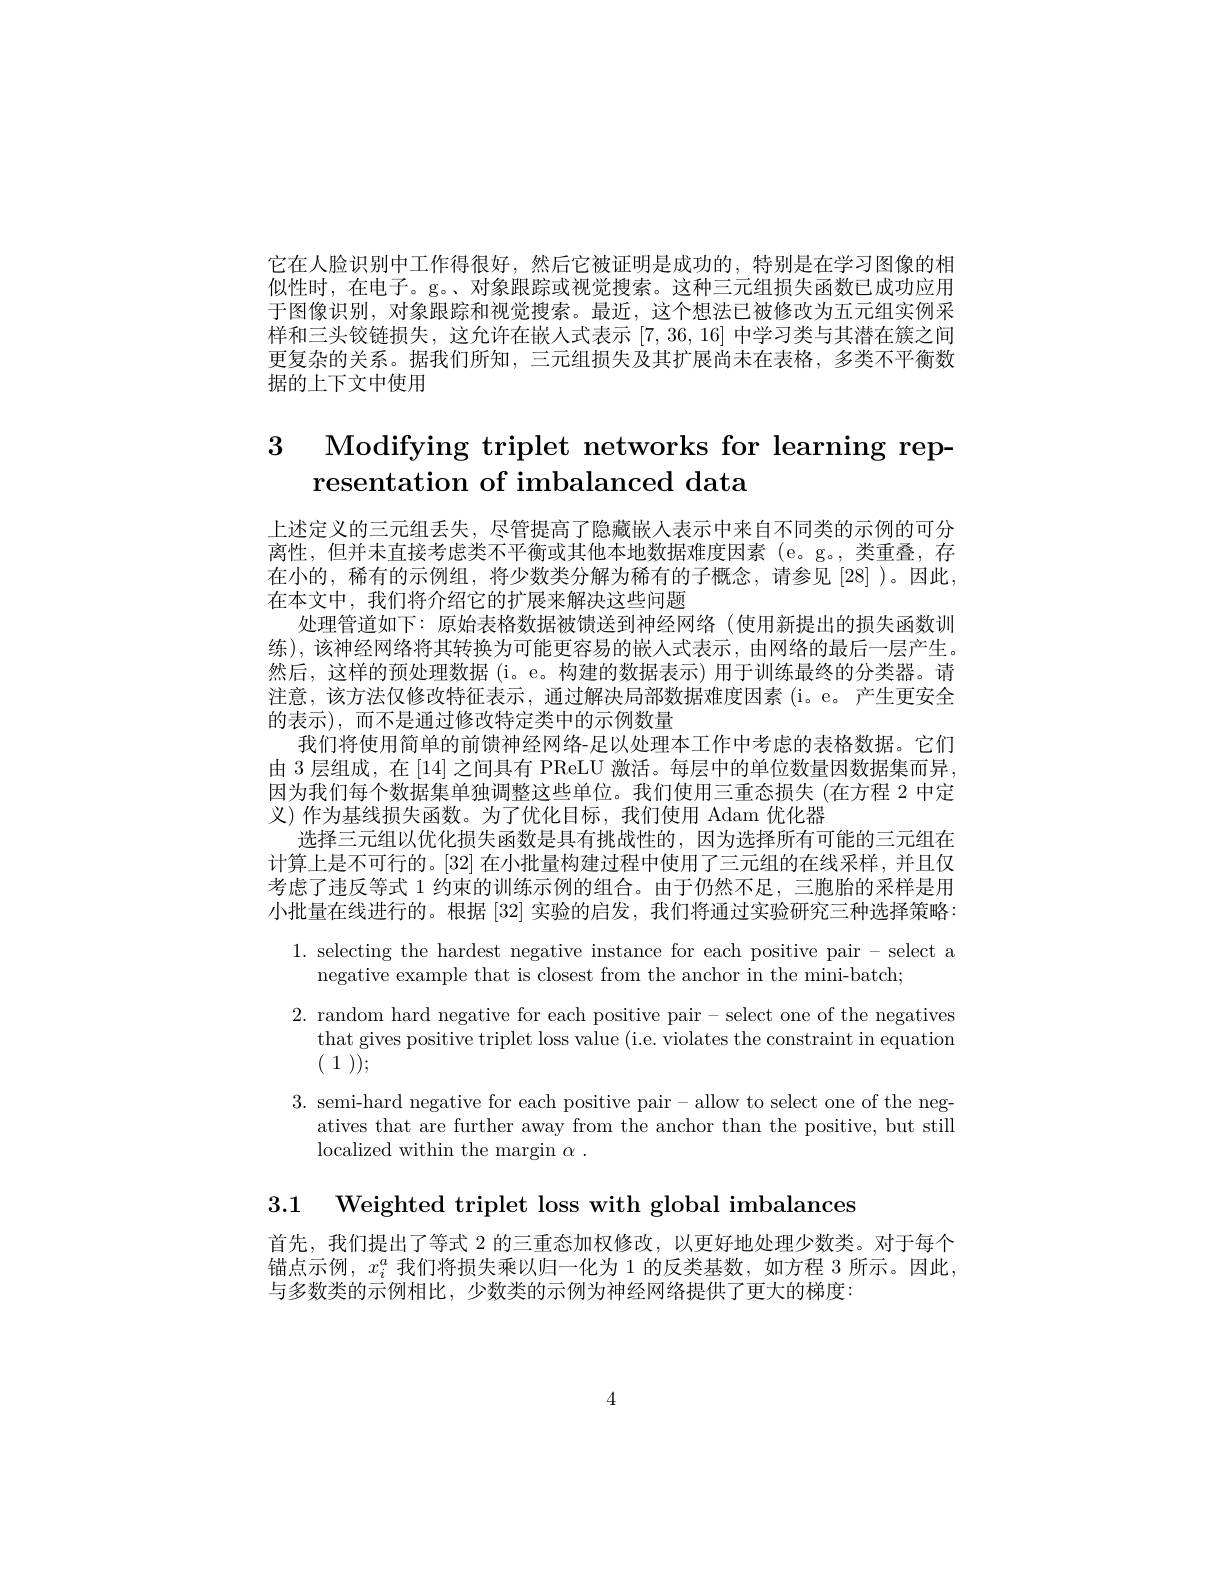
它在人脸识别中工作得很好，然后它被证明是成功的，特别是在学习图像的相似性时，在电子。g。、对象跟踪或视觉搜索。这种三元组损失函数已成功应用于图像识别，对象跟踪和视觉搜索。最近，这个想法已被修改为五元组实例采样和三头饺链损失，这允许在嵌人式表示[7,36,16]中学习类与其潜在簇之间更复杂的关系。据我们所知，三元组损失及其扩展尚未在表格，多类不平衡数据的上下文中使用

# 3 Modifying triplet networks for learning representation of imbalanced data

上述定义的三元组丢失，尽管提高了隐藏嵌人表示中来自不同类的示例的可分离性，但并未直接考虑类不平衡或其他本地数据难度因素(e。g。,类重叠，存在小的，稀有的示例组，将少数类分解为稀有的子概念，请参见[28])。因此， 在本文中，我们将介绍它的扩展来解决这些问题
处理管道如下：原始表格数据被馈送到神经网络(使用新提出的损失函数训练),该神经网络将其转换为可能更容易的嵌人式表示，由网络的最后一层产生。然后，这样的预处理数据(i。e。构建的数据表示)用于训练最终的分类器。请注意，该方法仅修改特征表示，通过解决局部数据难度因素(i。e。产生更安全的表示),而不是通过修改特定类中的示例数量
我们将使用简单的前馈神经网络-足以处理本工作中考虑的表格数据。它们由 3 层组成，在 [14] 之间具有 PReLU 激活。每层中的单位数量因数据集而异因为我们每个数据集单独调整这些单位。我们使用三重态损失(在方程 2 中定义)作为基线损失函数。为了优化目标，我们使用 Adam 优化器
选择三元组以优化损失函数是具有挑战性的，因为选择所有可能的三元组在计算上是不可行的。[32] 在小批量构建过程中使用了三元组的在线采样，并且仅考虑了违反等式 1 约束的训练示例的组合。由于仍然不足，三胞胎的采样是用小批量在线进行的。根据[32]实验的启发，我们将通过实验研究三种选择策略：
1. selecting the hardest negative instance for each positive pair - select a
negative example that is closest from the anchor in the mini-batch;
2. random hard negative for each positive pair- select one of the negatives
that gives positive triplet loss value (i.e. violates the constraint in equation
$(\begin{array}{c}1\end{array}));$
3. semi-hard negative for each positive pair - allow to select one of the neg-
atives that are further away from the anchor than the positive, but still
localized within the margin $\alpha.$

3.1 Weighted triplet loss with global imbalances

首先，我们提出了等式 2 的三重态加权修改，以更好地处理少数类。对于每个锚点示例，$x_i^a$我们将损失乘以归一化为 1 的反类基数，如方程 3 所示。因此， 与多数类的示例相比，少数类的示例为神经网络提供了更大的梯度：

4